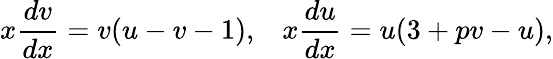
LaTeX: x\frac{dv}{dx}=v(u-v-1),\; \; \; x\frac{du}{dx}=u(3+pv-u),